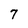
Character: 7